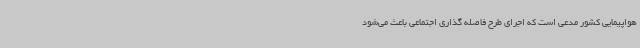
هواپیمایی کشور مدعی است که اجرای طرح فاصله گذاری اجتماعی باعث می‌شود